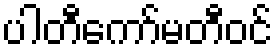
ပါတီကော်မတီဝင်